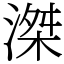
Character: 滐